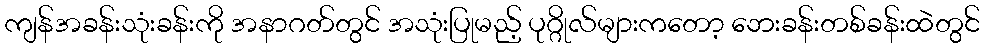
ကျန်အခန်းသုံးခန်းကို အနာဂတ်တွင် အသုံးပြုမည့် ပုဂ္ဂိုလ်များကတော့ ဘေးခန်းတစ်ခန်းထဲတွင်